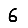
Digit: 6